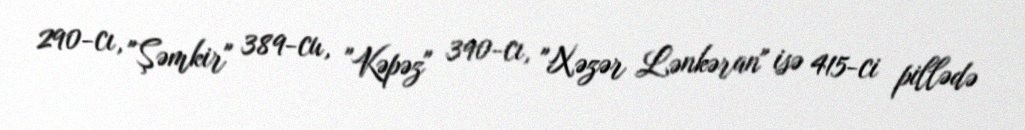
290-cı, "Şəmkir" 389-cu, "Kəpəz" 390-cı, "Xəzər Lənkəran" isə 415-ci pillədə